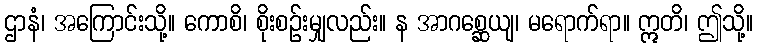
ဌာနံ၊ အကြောင်းသို့။ ကောစိ၊ စိုးစဉ်းမျှလည်း။ န အာဂစ္ဆေယျ၊ မရောက်ရာ။ ဣတိ၊ ဤသို့။